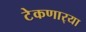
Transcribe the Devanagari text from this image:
टेकणार्‍या